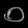
Digit: ၀